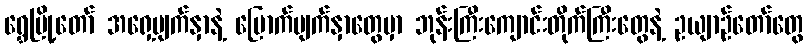
ရွှေမြို့တော် အရှေ့မျက်နှာနဲ့ မြောက်မျက်နှာတွေမှာ ဘုန်းကြီးကျောင်းတိုက်ကြီးတွေနဲ့ ဥယျာဉ်တော်တွေ